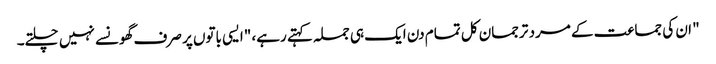
" ان کی جماعت کے مرد ترجمان کل تمام دن ایک ہی جملہ کہتے رہے، "ایسی باتوں پر صرف گھونسے نہیں چلتے۔